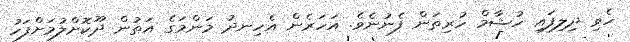
ހެވި ދިލިފައި ހުޝާމް ހުރިތަން ފެނުނެވެ. އަހަރެން އެހިނދު މަންމަގެ އަތުން ދޫކޮށްލުމަށްފަހު